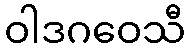
ဝါဒဂဝေသီ